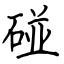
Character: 碰